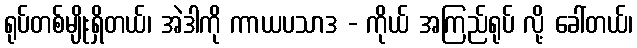
ရုပ်တစ်မျိုးရှိတယ်၊ အဲဒါကို ကာယပသာဒ - ကိုယ် အကြည်ရုပ် လို့ ခေါ်တယ်၊